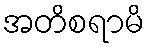
အတိစရာမိ